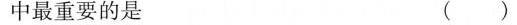
中最重要的是 ( )